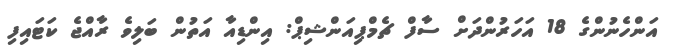
އަންހެނުންގެ 18 އަހަރުންދަށް ސާފް ޗެމްޕިއަންޝިޕް: އިންޑިއާ އަތުން ބަލިވެ ރާއްޖެ ކަޓައިފި